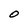
Character: O